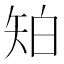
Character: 𥎷